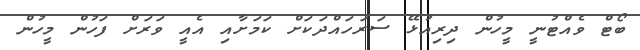
ބޯޓް ވެއްޓުނީ މީހުން ދިރިއުޅޭ ސަރަހައްދަކަށް ކަމަށާއި އެއީ ވަރަށް ފަހުން މީހުން